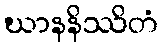
ဃာနနိဿိတံ